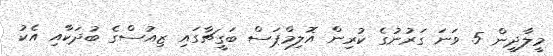
މީލާދީން 5 ވަނަ ގަރުނުގެ ކުރިން އޮލިމްޕަސް ބަގީޗާގައި ޒިއުސްގެ ބުދަކާއި އެކު